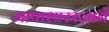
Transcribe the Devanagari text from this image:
भाषाशास्त्रज्ञानें